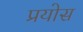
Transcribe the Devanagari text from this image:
प्रयोस